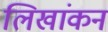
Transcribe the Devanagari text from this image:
लिखांकन